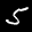
Label: 5